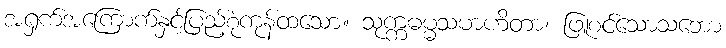
အရှက်အကြောက်နှင့်ပြည့်စုံကုန်ထသော။ သုက္ကဓမ္မသမာဟိတာ၊ ဖြူစင်သောသဘော